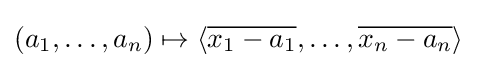
(a_{1},\ldots ,a_{n})\mapsto \langle {\overline {x_{1}-a_{1}}},\ldots ,{\overline {x_{n}-a_{n}}}\rangle